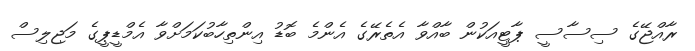
ރާއްޖޭގެ ސިސާސީ ޕާޓީއަކުން ބާއްވާ އެތެރޭގެ އެންމެ ބޮޑު އިންތިހާބުކަމަށްވާ އެމްޑީޕީގެ މަޖިލިސް